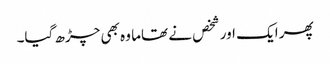
پھر ایک اور شخص نے تھاما وہ بھی چڑھ گیا۔